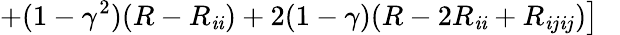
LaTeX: \left.+(1-\gamma^{2})(R-R_{\mathit{i}\mathit{i}})+2(1-\gamma)(R-2R_{\mathit{i}\mathit{i}}+R_{\mathit{i}j\mathit{i}j})\right]~~~